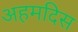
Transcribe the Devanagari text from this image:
अहमदिस